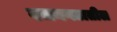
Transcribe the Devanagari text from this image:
वजनगटातील